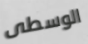
الوسطى